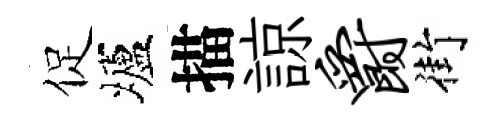
促壚描諒爵街